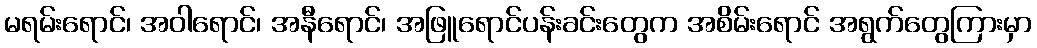
မရမ်းရောင်၊ အဝါရောင်၊ အနီရောင်၊ အဖြူရောင်ပန်းခင်းတွေက အစိမ်းရောင် အရွက်တွေကြားမှာ